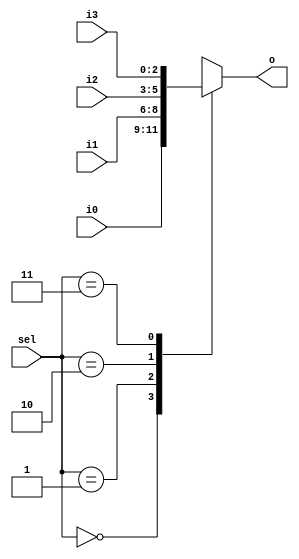
`timescale 1ns / 1ps

module mux4_1_3(
		output reg [2:0] o,
		input [2:0] i0, i1, i2, i3,
		input [1:0] sel);
//	not(nsel, sel);
//	and(t1, i0, nsel), (t2, i1, sel);
//	or(o, t1, t2);
	always @(sel, i0, i1, i2, i3)
	case(sel)
		2'b00: o = i0;
		2'b01: o = i1;
		2'b10: o = i2;
		2'b11: o = i3;
	endcase
endmodule

module tb_mux4_1_3;
	reg [2:0] i0, i1, i2, i3;
	reg [1:0] sel;
	wire [2:0] o;
	
	mux4_1_3 m(o, i0, i1, i2, i3, sel);
	
	initial
	begin
		i0=0; i1=1; i2 = 2; i3 = 3;
		#10 sel=0;
		#10 sel=1;
		#10 sel=2;
		#10 sel=0;
		#10 sel=3;
		#10 sel=1;
	end
endmodule